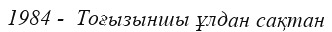
1984 -  Тоғызыншы ұлдан сақтан